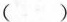
()